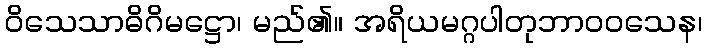
ဝိသေသာဓိဂိမဋ္ဌော၊ မည်၏။ အရိယမဂ္ဂပါတုဘာဝဝသေန၊